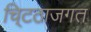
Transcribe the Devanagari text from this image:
चि्टठाजगत